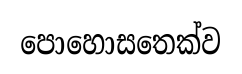
පොහොසතෙක්ව